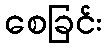
စေခြင်း